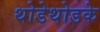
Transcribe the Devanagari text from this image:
थोडेथोडके